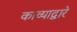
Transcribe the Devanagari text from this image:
काव्याद्वारे